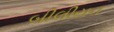
બીલીયન